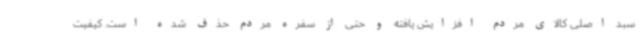
سبد اصلی کالای مردم افزایش یافته و حتی از سفره مردم حذف شده است. کیفیت